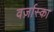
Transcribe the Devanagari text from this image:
वर्ज़ास्का